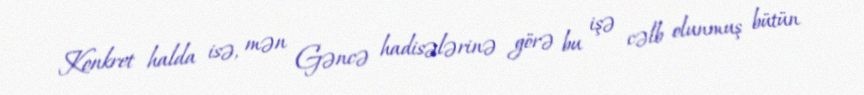
Konkret halda isə, mən Gəncə hadisələrinə görə bu işə cəlb olunmuş bütün